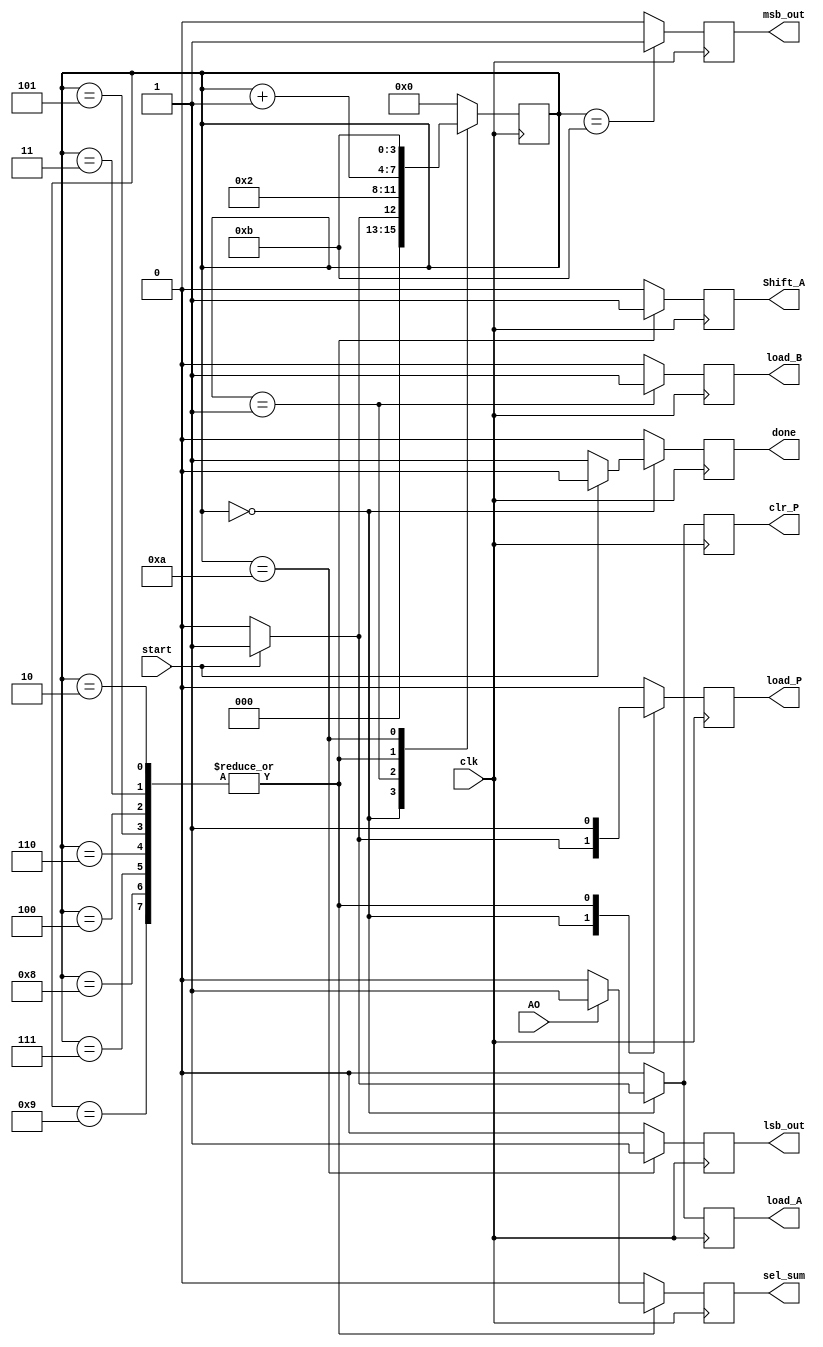
`define idle 4'b0000
`define init 4'b0001
`define m1 4'b0010
`define m2 4'b0011
`define m3 4'b0100
`define m4 4'b0101
`define m5 4'b0110
`define m6 4'b0111
`define m7 4'b1000
`define m8 4'b1001
`define rslt1 4'b1010
`define rslt2 4'b1011
module controller ( 
    input clk, start, AO,
    output reg clr_P, load_P, load_B, msb_out, lsb_out, sel_sum,
    output reg load_A, Shift_A, done 
);
reg [3:0] current;
always @ ( posedge clk ) begin
    clr_P = 0; load_P = 0; load_B = 0; msb_out = 0;
    lsb_out = 0;
    sel_sum = 0; load_A = 0; Shift_A = 0; done = 0;
    case ( current )
        `idle :
            if (~start) begin
                current <= `idle;
                done = 1;
            end 
            else begin
            current <= `init;
            load_A = 1; clr_P = 1; load_P = 1;
            end
        `init : begin
            current <= `m1;
            load_B = 1;
            end
        `m1, `m2, `m3, `m4, `m5, `m6, `m6, `m7, `m8 : begin
            current <= current + 1;
            Shift_A = 1; load_P = 1; if (AO) sel_sum = 1;
            end
        `rslt1 : begin
            current <= `rslt2;
            lsb_out = 1;
            end
        `rslt2 : begin
            current <= `idle;
            msb_out = 1;
            end
        default : current <= `idle;
        endcase
end
endmodule